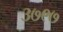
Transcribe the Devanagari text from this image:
३७९७